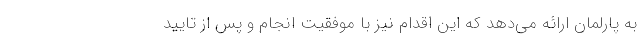
به پارلمان ارائه می‌دهد که این اقدام نیز با موفقیت انجام و پس از تایید